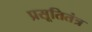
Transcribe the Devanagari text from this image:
प्रसूतितंत्र